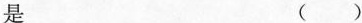
是（ ）